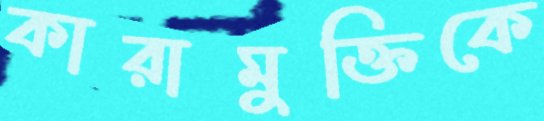
কারামুক্তিকে